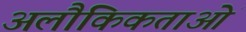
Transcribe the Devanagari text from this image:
अलौकिकताओं